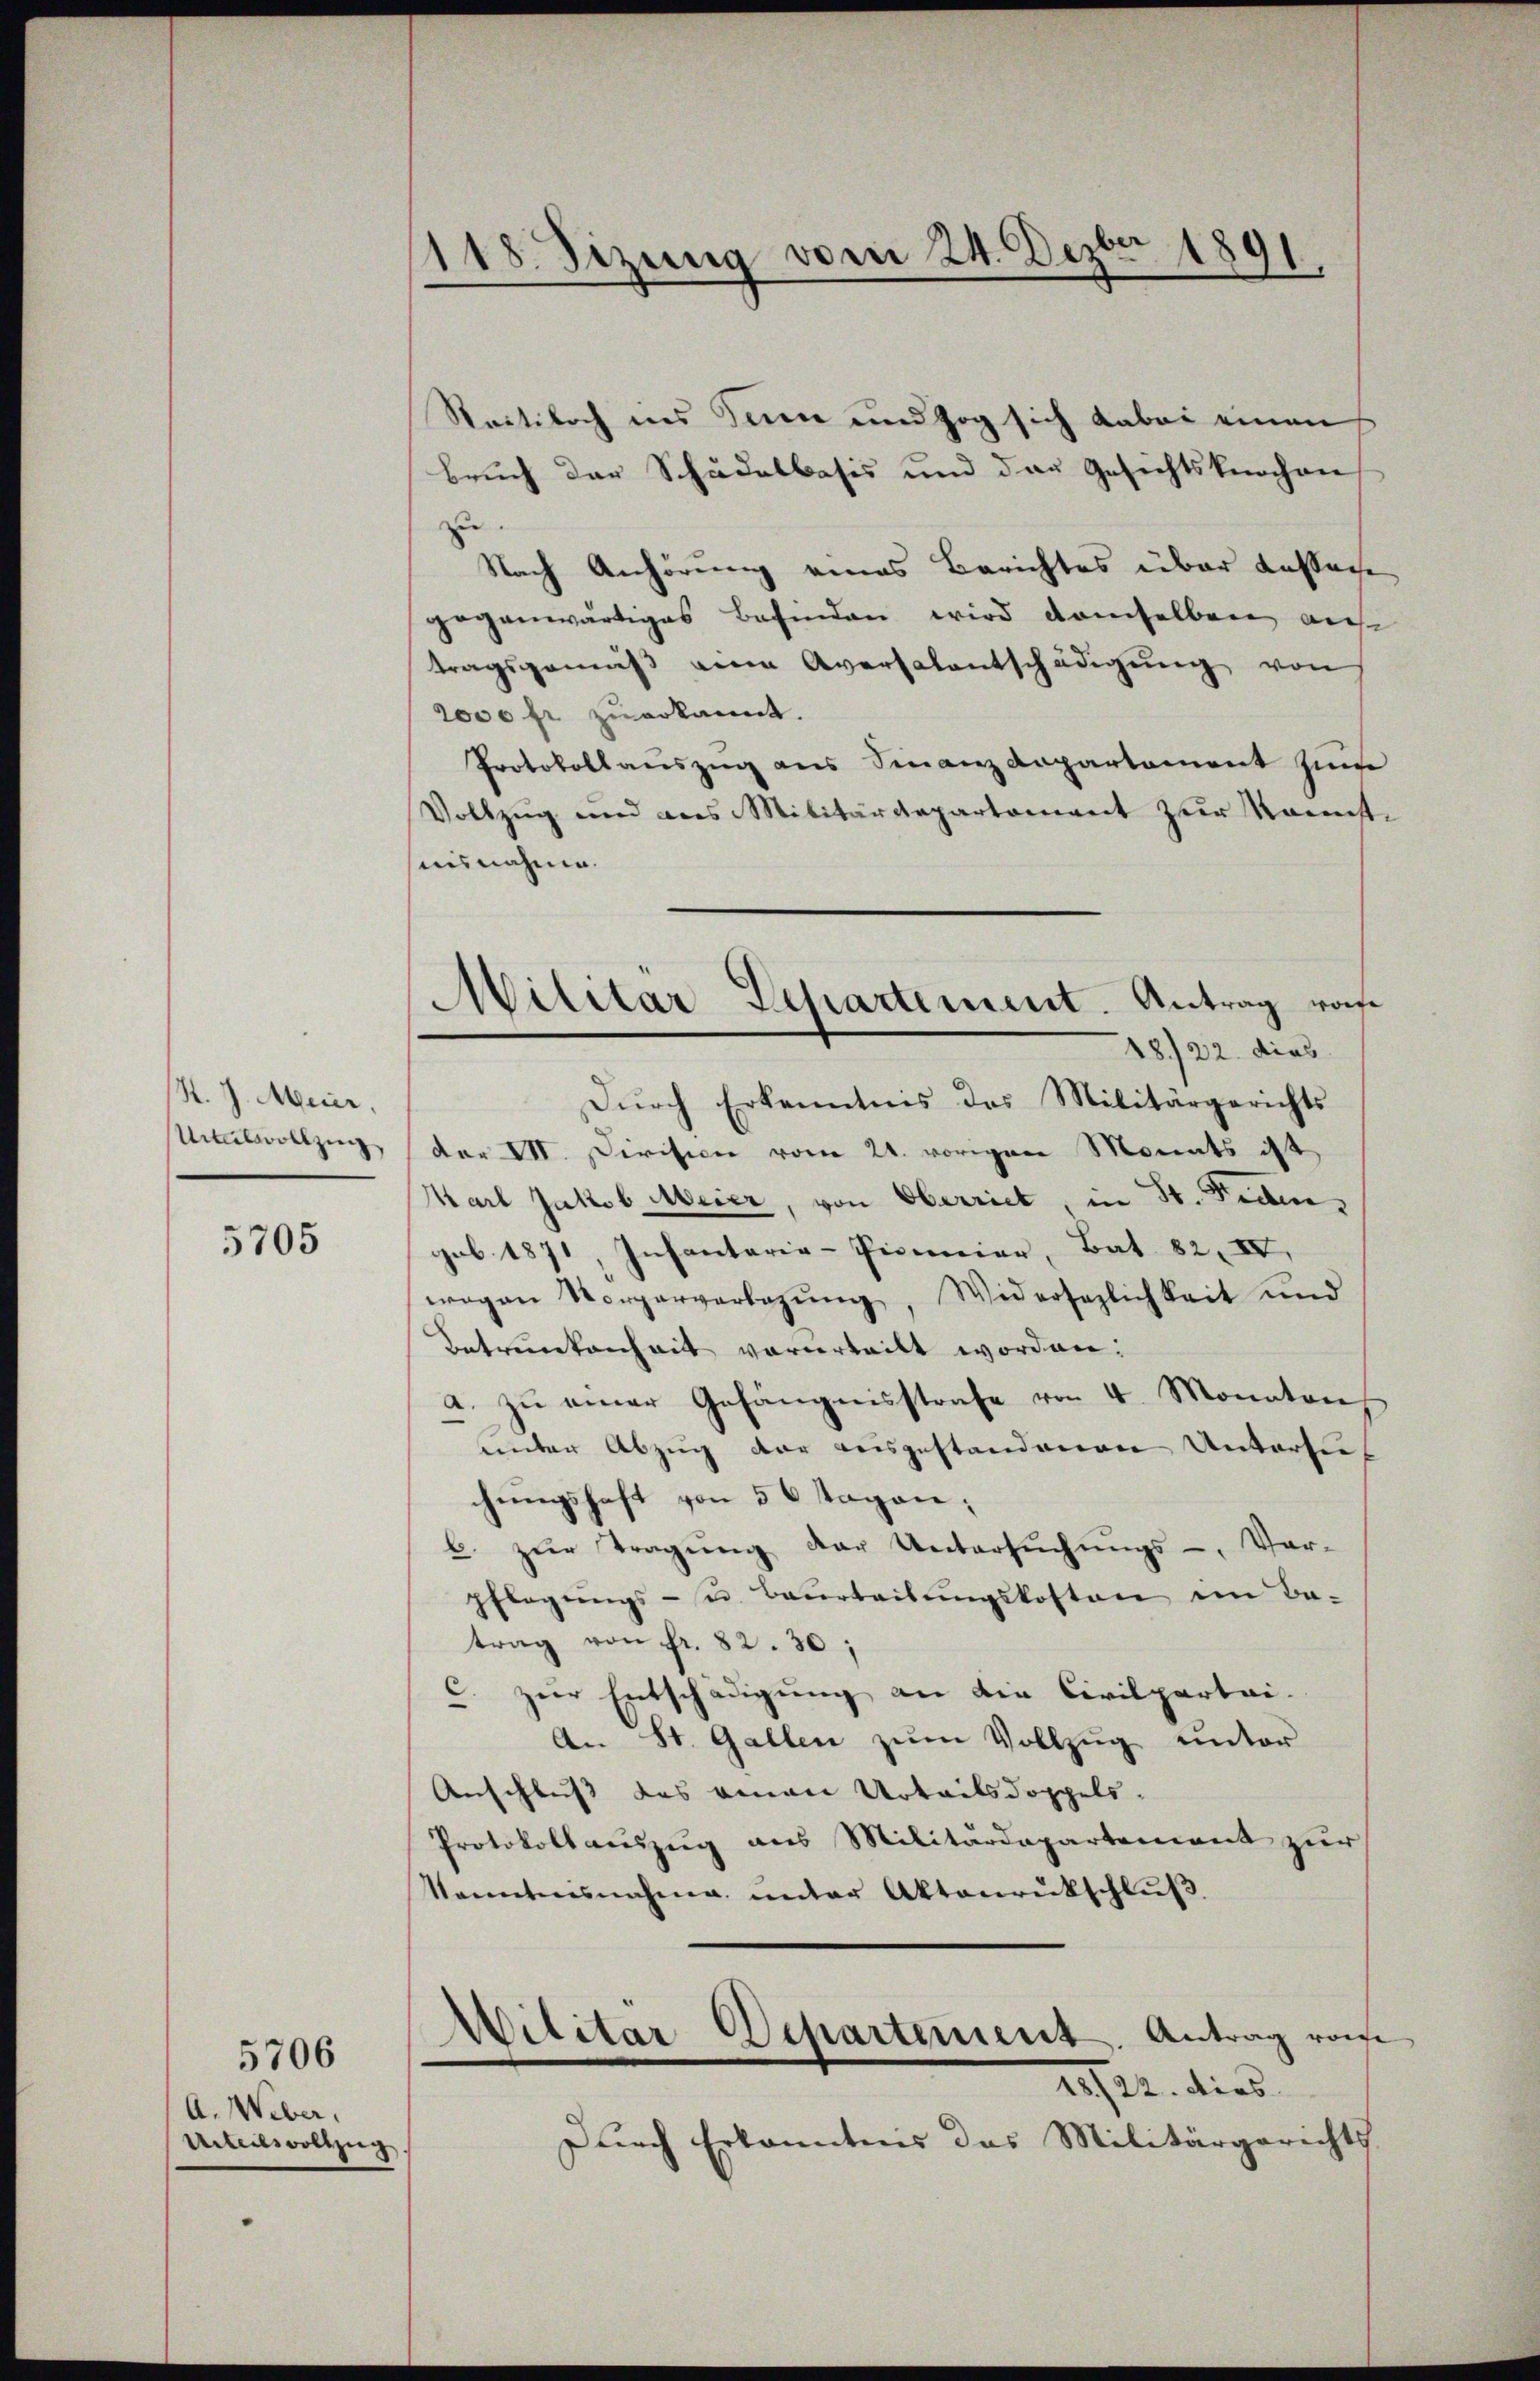
K. J. Meier,
Untvollzug

5705

A. Weber.
Urteilsvollzug

5706

118. Sizung vom 24. Dezbr 1891

Sectiboch ins Feiere und zog sich dabei einen
bruch der Schädelbasis und der Gesichtsknochen
zu
Nach Anhörung eines Berichtes über Kassache
gegenwärtiges Befinden wird demselben auf
tragsgemäβ an Aversalentschädigŭng von
2000 fr zuerkannt.
Protokoll aŭszŭg ans Finanzdepartament zŭm
Vollzug und aus Militärdepartement zur Mannst
uisnahme.
Dŭrch Erkenntnis das Militärgerichts
der VII. Division vom 24. vorigen Monats ist
Karl Jakob Meier, von Oberrich, in St. Fidengob. 1871, Insantaria-Pionier, Bat. 82. IV.
wegen Vorgerverlegŭng, Widersezlichkeit und
Betrunkenheit verurteilt worden.
a. zu einer Gefängnisstrafe von 4 Monaton
unter Abzug der ausgestandenen Untersees
chungshaft von 50 Tagen;
b. zŭr Tragŭng der Untersŭchŭngs-, Vor-
pflegŭngs- u. beurteilŭngskosten im Ba-
trag von fr. 82. 30;
c. zur Entschädigung an die Civilpertei-
An St. Gallen zum Vollzug unter
Anschluß das einen Urteils doppels.
Protokollauszug aus Militärdepartement zur
Vanntensnahme unter Aktenrückschlŭβ
Militar Departement. Antrag von
22/22. dies
Durch Erkanntnis das Militärgerichts

Militar Departement. Antrag von
18/22. dies